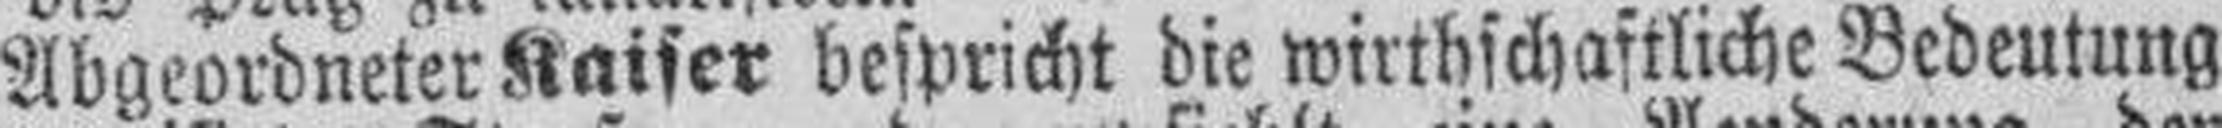
Abgeordneter Kaiser bespricht die wirthschaftliche Bedeutung